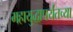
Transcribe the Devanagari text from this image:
महायुद्धापर्यंतच्या